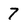
Character: 7